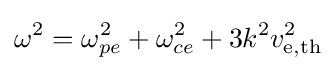
\omega ^{2}=\omega _{pe}^{2}+\omega _{ce}^{2}+3k^{2}v_{\mathrm {e,th} }^{2}